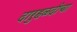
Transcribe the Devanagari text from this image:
दारुहळदीचा